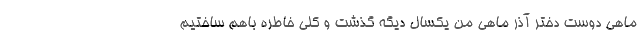
ماهی دوست دختر آذر ماهی من یکسال دیگه گذشت و کلی خاطره باهم ساختیم